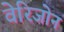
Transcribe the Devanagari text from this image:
वेरिजोन